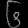
Digit: ၆